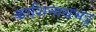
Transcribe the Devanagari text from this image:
काशिनाथभट्ट